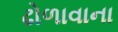
ઢોળાવાના